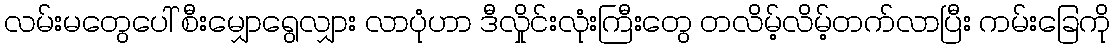
လမ်းမတွေပေါ် စီးမျှောရွေလျှား လာပုံဟာ ဒီလှိုင်းလုံးကြီးတွေ တလိမ့်လိမ့်တက်လာပြီး ကမ်းခြေကို